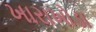
ખારાખોડા